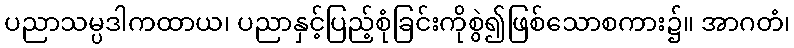
ပညာသမ္ပဒါကထာယ၊ ပညာနှင့်ပြည့်စုံခြင်းကိုစွဲ၍ဖြစ်သောစကား၌။ အာဂတံ၊